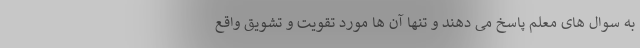
به سوال های معلم پاسخ می دهند و تنها آن ها مورد تقویت و تشویق واقع